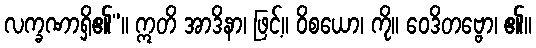
လက္ခဏာရှိ၏”။ ဣတိ အာဒိနာ၊ ဖြင့်။ ဝိစယော၊ ကို။ ဝေဒိတဗ္ဗော၊ ၏။